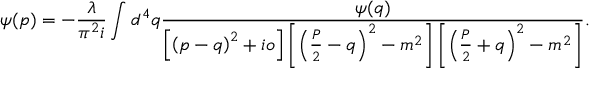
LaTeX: \psi ( p ) = - \frac { \lambda } { \pi ^ { 2 } i } \int d ^ { 4 } q \frac { \psi ( q ) } { \left[ \left( p - q \right) ^ { 2 } + i o \right] \left[ \left( \frac { P } { 2 } - q \right) ^ { 2 } - m ^ { 2 } \right] \left[ \left( \frac { P } { 2 } + q \right) ^ { 2 } - m ^ { 2 } \right] } .